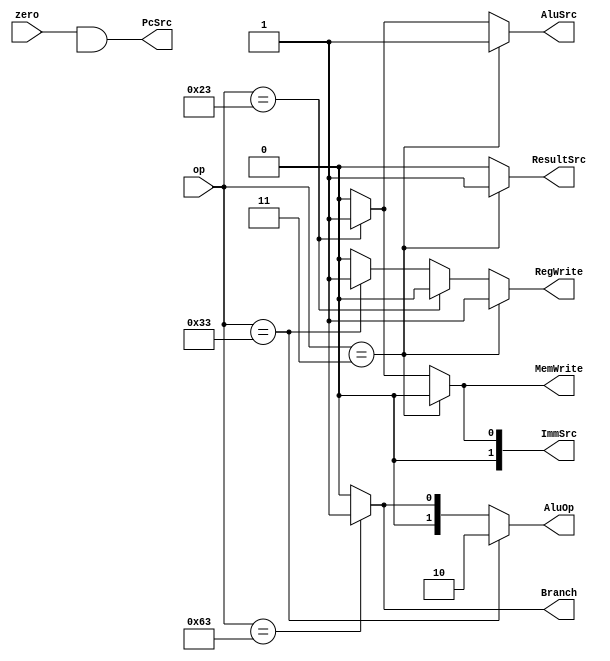
module Main_Decoder(zero, ResultSrc, MemWrite, AluSrc, ImmSrc, RegWrite, op, AluOp, PcSrc, Branch);

  input zero;
  input [6:0] op;

  output [1:0] ImmSrc, AluOp;
  output ResultSrc, MemWrite, AluSrc, RegWrite, Branch, PcSrc;
  
  wire branch;

  assign RegWrite = (op == 7'b0000011) ? 1'b1 : 
                    (op == 7'b0100011) ? 1'b0 :
                    (op == 7'b0110011) ? 1'b1 :
                    1'b0;

  assign ImmSrc = (op == 7'b0000011) ? 2'b00 :
                  (op == 7'b0100011) ? 2'b01 :
                  (op == 7'b0110011) ? 2'b00 :
                  2'b00;

  assign AluSrc = (op == 7'b0000011) ? 1'b1 :
                  (op == 7'b0100011) ? 1'b1 :
                  (op == 7'b0110011) ? 1'b0 :
                  1'b0;
  
  assign MemWrite = (op == 7'b0000011) ? 1'b0 :
                    (op == 7'b0100011) ? 1'b1 :
                    (op == 7'b0110011) ? 1'b0 :
                    1'b0;                
  
  assign ResultSrc = (op == 7'b0000011) ? 1'b1 : 
                     (op == 7'b0100011) ? 1'b0 :
                     (op == 7'b0110011) ? 1'b0 :
                     1'b0;
  
  assign Branch = (op == 7'b1100011) ? 1'b1 : 1'b0;

  assign AluOp = (op == 7'b0110011) ? 2'b10 :
                 (op == 7'b1100011) ? 2'b01 :
                 2'b00;
  
  assign PcSrc = zero & branch;
endmodule